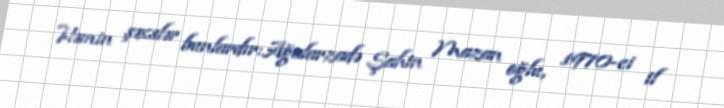
Həmin şəxslər bunlardır:Ağalarzadə Şahin Mazan oğlu, 1970-ci il